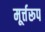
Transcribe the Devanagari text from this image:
मूर्त्तरूप